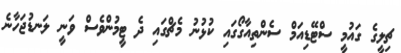
ޗިލީގެ ގައުމީ ސްޓޭޑިއަމް ސެންތިއާގޯގައި ކުޅުނު މެޗްގައި ދެ ޓީމުންވެސް ވަނީ ލަނޑުޖަހާނެ